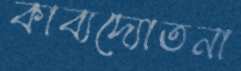
কাব্যদ্যোতনা